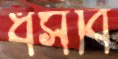
ধসবি